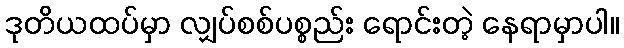
ဒုတိယထပ်မှာ လျှပ်စစ်ပစ္စည်း ရောင်းတဲ့ နေရာမှာပါ။